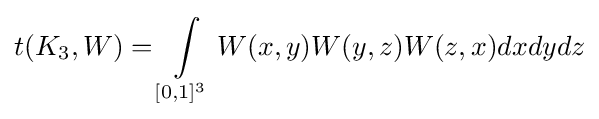
t(K_{3},W)=\int \limits _{[0,1]^{3}}W(x,y)W(y,z)W(z,x)dxdydz